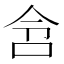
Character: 𫩧